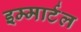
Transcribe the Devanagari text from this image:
इम्मार्टल